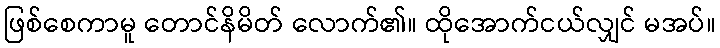
ဖြစ်စေကာမူ တောင်နိမိတ် လောက်၏။ ထိုအောက်ငယ်လျှင် မအပ်။